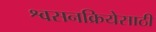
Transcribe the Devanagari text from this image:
श्वसनक्रियेसाठी